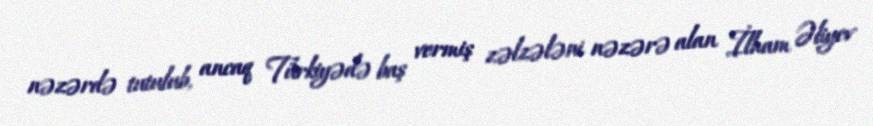
nəzərdə tutulub, ancaq Türkiyədə baş vermiş zəlzələni nəzərə alan İlham Əliyev